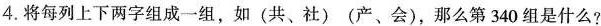
4.将每列上下两字组成一组，如(共、社)(产、会)，那么第340组是什么?